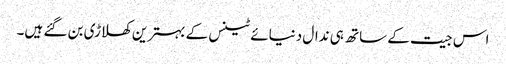
اس جیت کے ساتھ ہی ندال دنیائے ٹینس کے بہترین کھلاڑی بن گئے ہیں۔